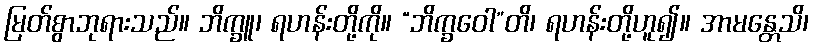
မြတ်စွာဘုရားသည်။ ဘိက္ခူ၊ ရဟန်းတို့ကို။ “ဘိက္ခဝေါ”တိ၊ ရဟန်းတို့ဟူ၍။ အာမန္တေသိ၊